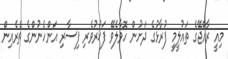
މިއީ ރާއްޖޭގެ ތައުލީމީ ފުރާޅުގެ ދަށުން ހޮވާލެވޭ ފަޚުރުވެރި ފިސާރި އަންހެނުންގެ ތެރެއިން